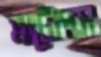
মাটোপস